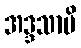
အဒ္ဒသာမိ